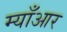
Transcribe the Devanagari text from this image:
म्याँआर